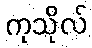
ကုသိုလ်